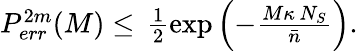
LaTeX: \begin{array}{r}{P_{err}^{2m}(M)\leq\, \frac{1}{2}\exp\left(-\frac{M\kappa\, N_{S}}{\bar{n}}\right).}\end{array}